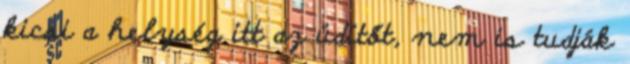
kicsi a helység itt az üdítőt, nem is tudják